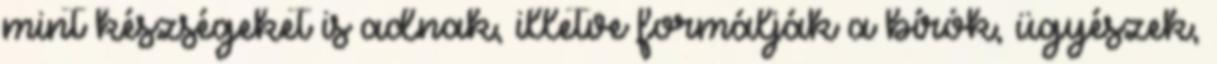
mint készségeket is adnak, illetve formálják a bírók, ügyészek,